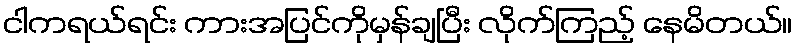
ငါကရယ်ရင်း ကားအပြင်ကိုမှန်ချပြီး လိုက်ကြည့် နေမိတယ်။